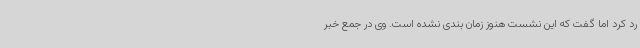
رد کرد اما گفت که این نشست هنوز زمان بندی نشده است. وی در جمع خبر